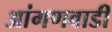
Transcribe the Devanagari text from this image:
आंगणवाडी